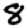
Digit: 8